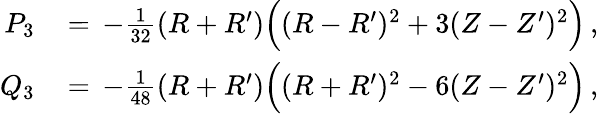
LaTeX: \begin{array}{rl}{P_{3}\, }&{=\, -\frac{1}{32}(R+R^{\prime})\Bigl((R-R^{\prime})^{2}+3(Z-Z^{\prime})^{2}\Bigr)\, ,}\\ {Q_{3}\, }&{=\, -\frac{1}{48}(R+R^{\prime})\Bigl((R+R^{\prime})^{2}-6(Z-Z^{\prime})^{2}\Bigr)\, ,}\end{array}